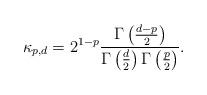
LaTeX: \begin{align*}\kappa_{p,d} = 2^{1-p}\frac{\Gamma\left(\frac{d-p}{2}\right)}{\Gamma\left(\frac{d}{2}\right)\Gamma\left(\frac{p}{2}\right)}.\end{align*}